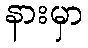
နားမှာ